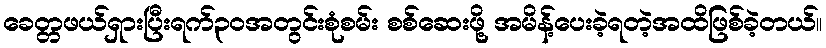
ခေတ္တဖယ်ရှားပြီးရက်၃၀အတွင်းစုံစမ်း စစ်ဆေးဖို့ အမိန့်ပေးခဲ့ရတဲ့အထိဖြစ်ခဲ့တယ်။